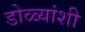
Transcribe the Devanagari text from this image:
डोळ्यांशी